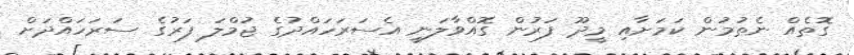
ގޮތެއް ނެތުމުން ކަމަށާއި މީދޫ ފަރުން ގޮއްވާލަނީ އެސަރަހައްދުގެ ޖުމްލަ ފަރުގެ ސަރަހައްދަށް